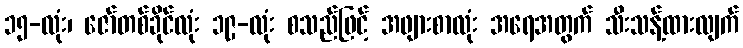
၁၅-လုံး၊ ဇော်တစ်ခိုင်လုံး ၁၉-လုံး စသည်ဖြင့် အဖျားစာလုံး အရေအတွက် သီးသန့်ထားလျက်